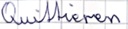
Text: Quittieren